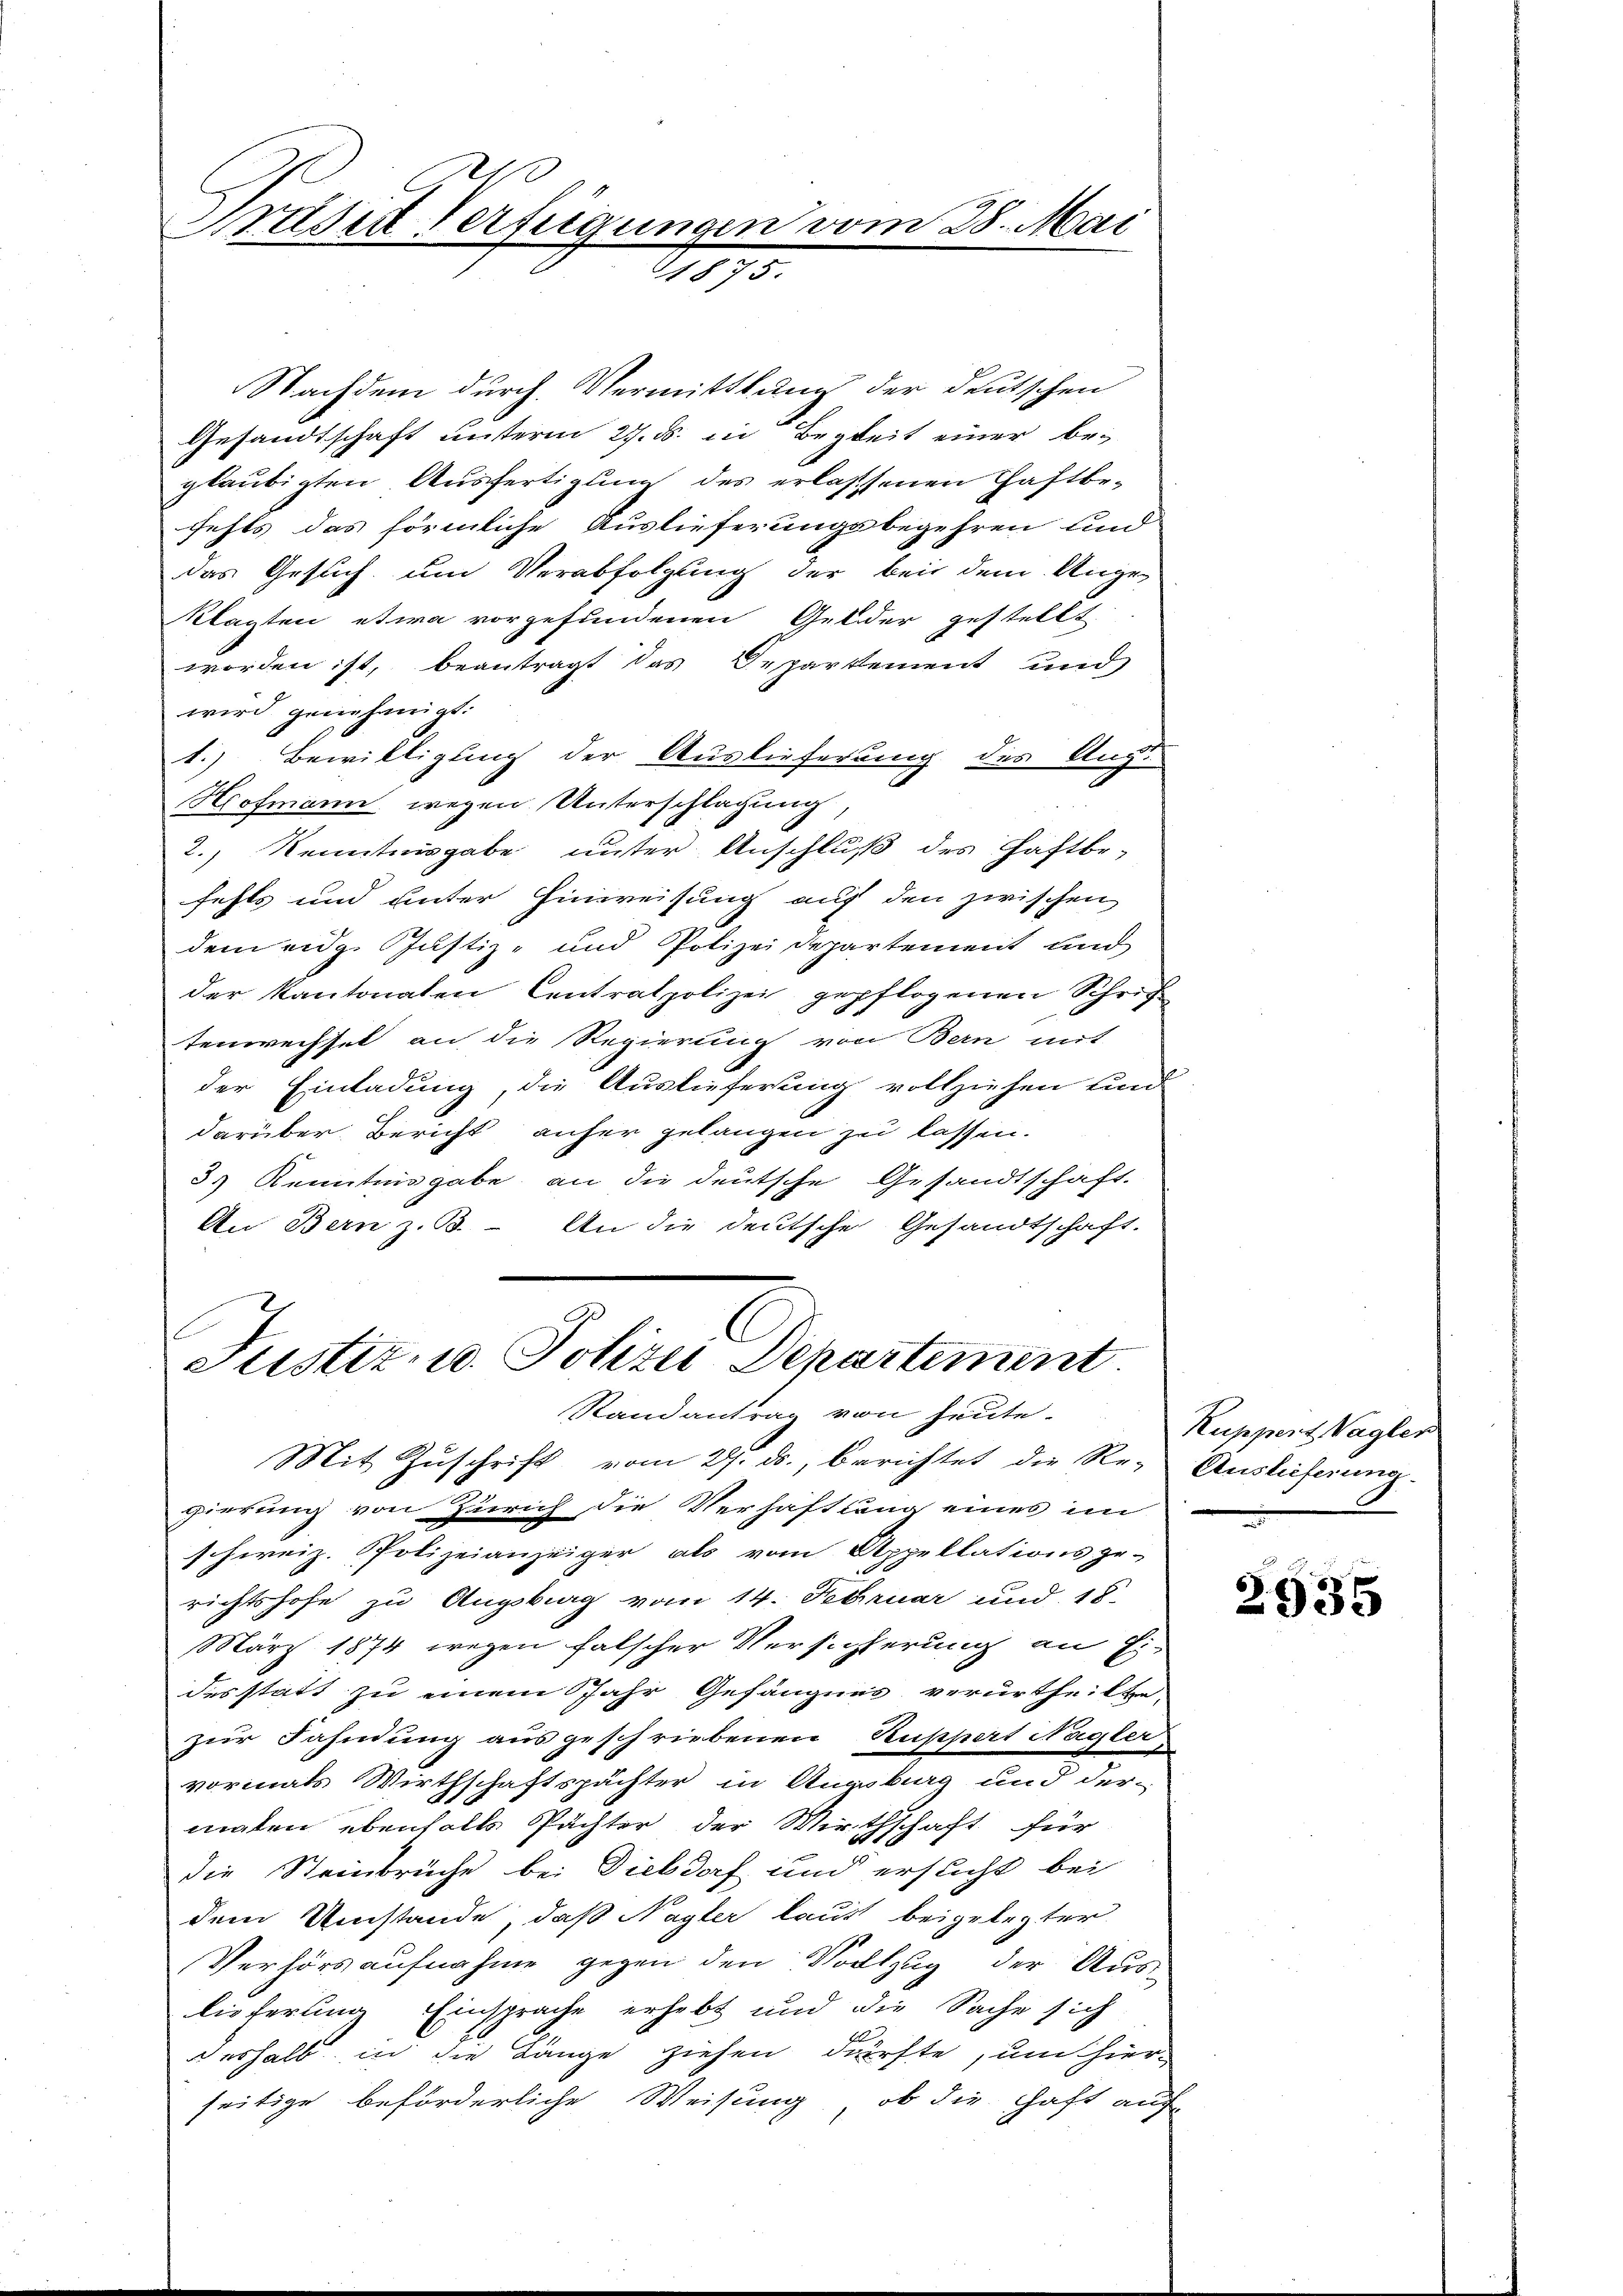
Bruder Verfügungen vom 28. Mai
1875.

Nachdem durch Vermittlung der deutschen
Gesandtschaft unterm 27. ds. in Begkeit einer be-
gläubigten Ausfertigung des erlassenen Haftbefehls das förmliche Auslieferungsbegehren und
das Gesuch um Verabfolgung der bei dem Unge-
klagten etwa vorgefundenen Gelder gestellt
worden ist, beantragt das Departement und
wird genehmigt.
1.) Bewilligung der Auslieferung des Angs
Hofmann wegen Unterschlagung,
2., Kenntnisgabe unter Anschluß des Haftbe-
fehls und unter Einweisung auf den zwischen
dem eidg. Justiz- und Polizeidepartement und
der Kantonalen Centratpolizei gepflogenen Schrif
tenwechsel an die Regierung von Bern mit
der Einladung, die Auslieferung vollziehen und
darüber Bericht anher gelangen zu lassen.
3) Kenntnisgabe, an die deutsche Gesandtschaft.
An Bern z. B. - An die deutsche Gesandtschaft.
C

Justiz- u. Polizei Departement
Randantrag von heute.

Mit Zŭschrift vom 29. ds., berichtet die Re-Auslieferung.
gierung von Zürich die Verhaftung eines im
schweiz. Polizeianzeiger als vom Appellationsge-
richtshofe zu Augsbrag vom 14. Februar und 18.
März 1874 wegen falscher Versichterung an Ei-
des statt zu einem Jahr Gefängnis verurtheilte,
zur Fahnung ausgeschriebenen Ruppert Nagler
vormals Wirthschaftspächter in Angebirg und dermalen ebenfalls Pächter der Wirthschaft für
die Steinbrüche bei Dickdorf und ersticht bei
dem Umstände, daß Nagler laust beigelegter
Verhörs aufnahme gegen den Vollzug der Auslieferung Einsprache erhebt und die Sache sich
deshalb in die Länge ziehen dürfte, um hier-
seitige beförderliche Weisung, ob die Haft auf

Kuppert Vagler

2935